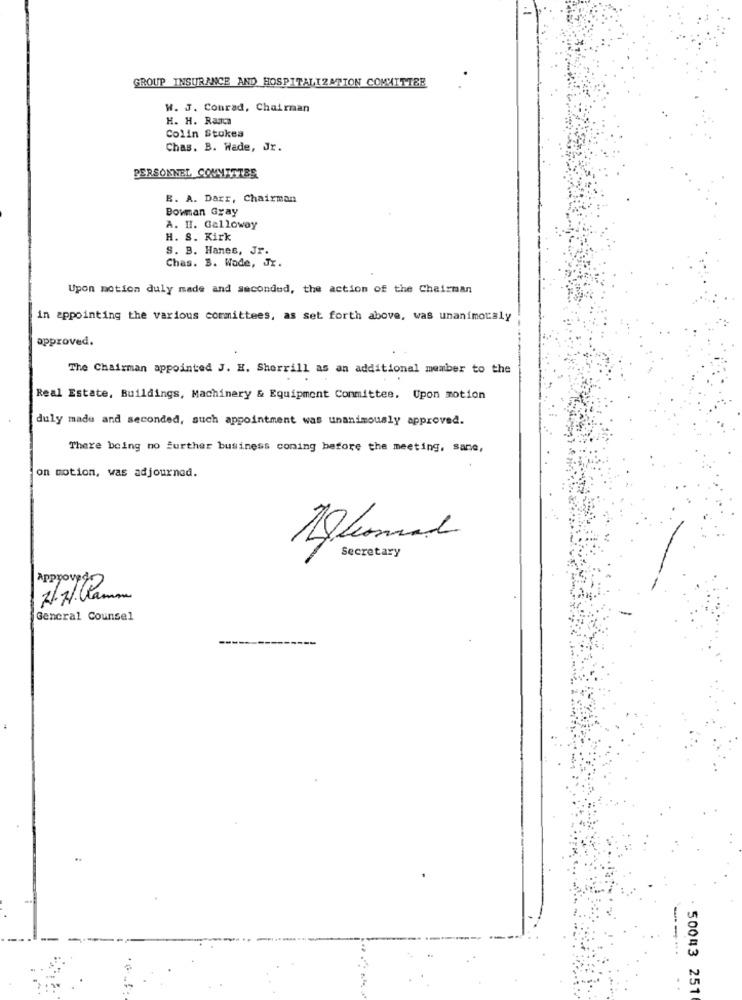
GROUP INSURANCE AND HOSPITALIZATION COMMITTEE
W. J. Conrad, Chairman
H. H. Rana
Colin Stokea
Chas. B. Wade, Jr.
PERSONNEL COMMITTEE
B. A. Darr, Chairman
Bowman Gray
A. H. Galloway
H. S. Kirk
S. B. Hanes, Jr.
Chas. B. Wade, Jr.
Upon motion duly made and secondud, the action of the Chairman
in appointing the various committees, as set forth above, was unanimously
approved.
The Chairman appointed J. H. Sherrill as an additional member to the
Real Estate, Buildings, Machinery & Equipment Conmittee. Upon motion
duly made and seconded, such appointment was unanimously approved.
There being no further business coming before the meeting, sane,
on motion, was adjourned.
Secretary
General Counsel
----
..
50043 251